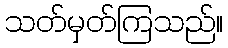
သတ်မှတ်ကြသည်။